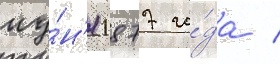
иу́н'я 1877 го́да /